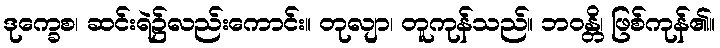
ဒုက္ခေစ၊ ဆင်းရဲ၌လည်းကောင်း။ တုလျာ၊ တူကုန်သည်။ ဘဝန္တိ၊ ဖြစ်ကုန်၏။